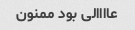
عاااالی بود ممنون